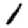
Digit: 1